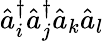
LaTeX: \hat{a}_{i}^{\dagger}\hat{a}_{j}^{\dagger}\hat{a}_{k}\hat{a}_{l}